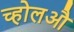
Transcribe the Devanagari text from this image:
च्होलऔ